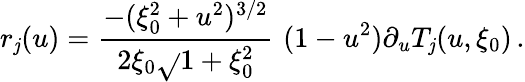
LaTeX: r_{\mathit{j}}(u)=\frac{{-(\xi_{0}^{2}+u^{2})^{3/2}}}{{2\xi_{0}\sqrt{}{{1+\xi_{0}^{2}}}}}\, \, (1-u^{2})\partial_{u}T_{\mathit{j}}(u,\xi_{0})\, .